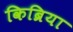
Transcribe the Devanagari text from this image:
किब्रिया